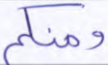
ومنكم